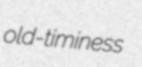
old-timiness